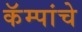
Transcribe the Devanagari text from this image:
कॅम्पांचे